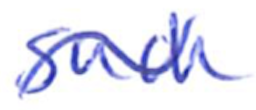
Text: such
Cross-out: wave
Writing tool: ballpoint